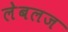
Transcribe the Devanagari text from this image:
लेबलज